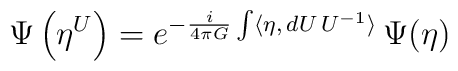
\Psi\left(\eta^U\right) =e^{-\frac{i}{4\pi G} \int  \langle \eta, \, dU \, U^{-1} \rangle} \,\Psi(\eta)